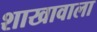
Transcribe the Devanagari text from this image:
शाखावाला